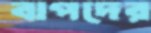
বাপদের